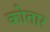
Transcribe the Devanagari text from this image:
कोतार